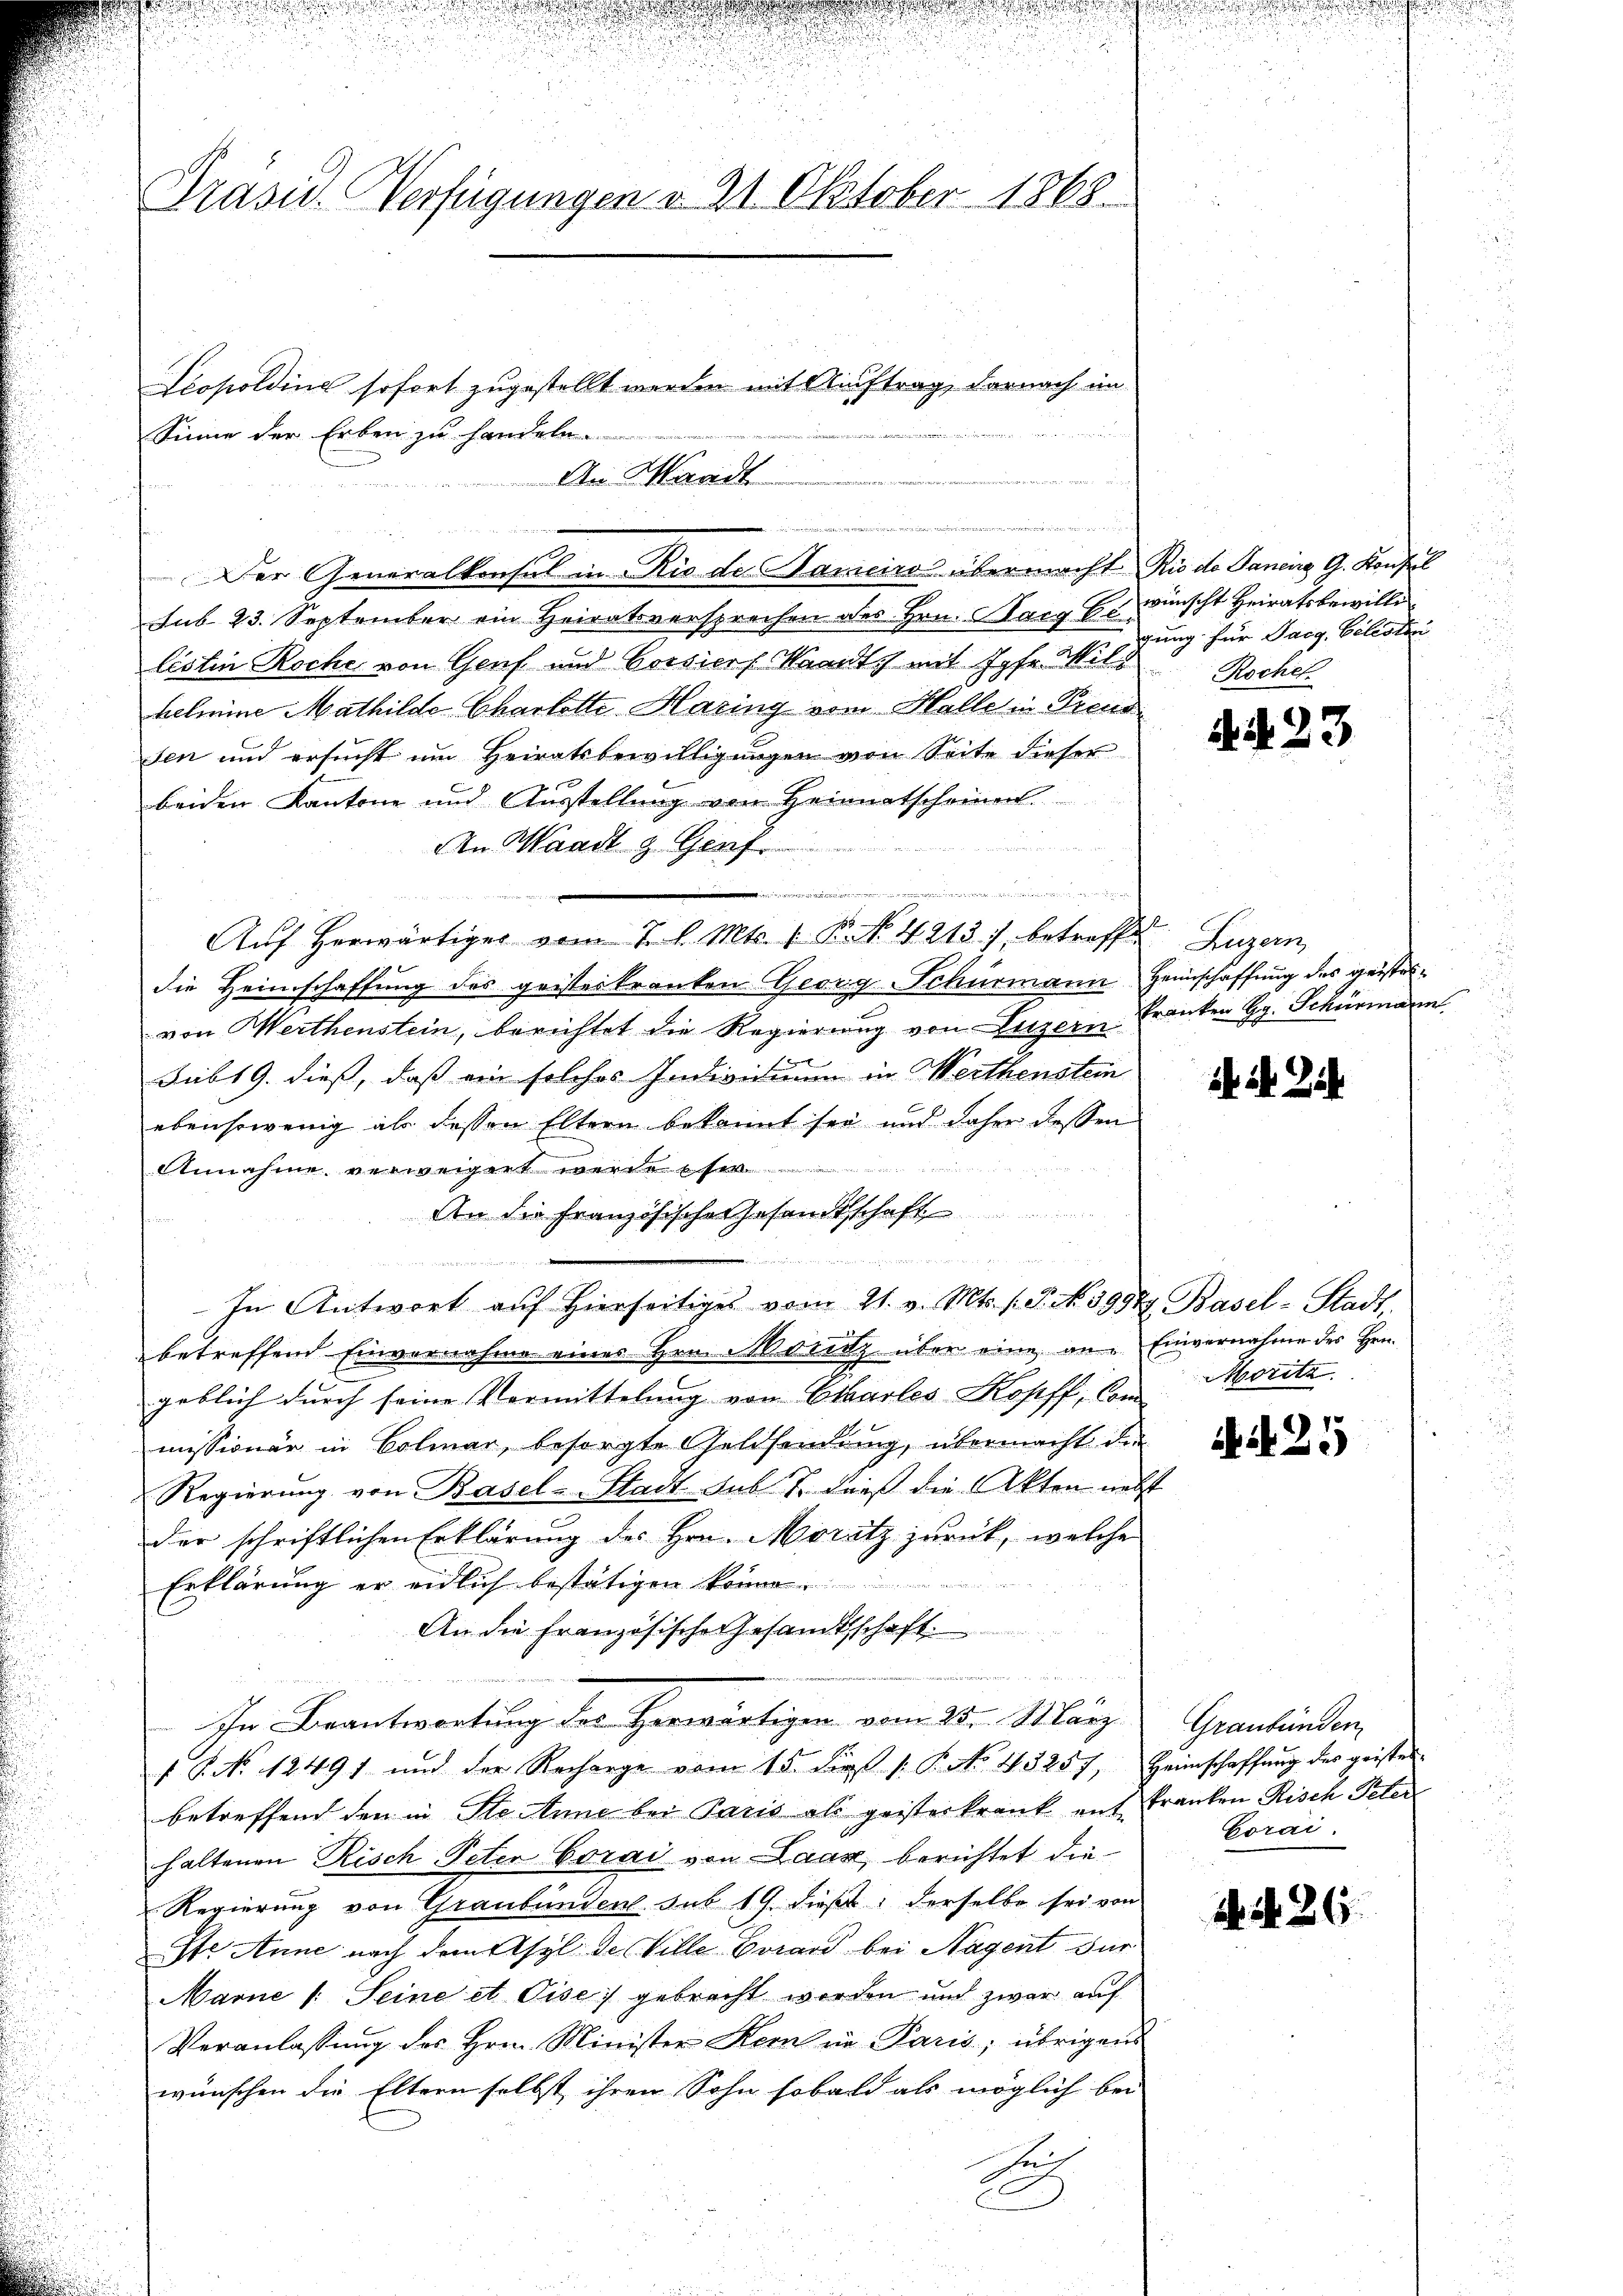
Präsid. Verfügungen v. 21. Oktober 1868.

Sinne der Erben zu handeln.

u

s

sub 23. September ein Heiratsversprechen des Hrn. Karg Er wünscht Heiratsbewilli
listin Roche von Genf und Corsicof Waadt mit Jos. Milo Rochel
helmine Mathilde Charlotte Haring vom Halle in Freud
den und ersucht um Heiratsbewilligungen von Seite dieser
beiden Kantone und Ausstellung von Heimatscheinen.
  den der den man
An Waadt z. Genf
e
und
1
Auf herwärtiger vom 3. l. Mts. 19. No. 4213), betreffet Luzern
die Heimschaffung des geisterkranken Georg Schurmann Heimschaffung des geistesvon Werthenstein, berichtet die Regierung von Luzern
Subt 9. dieß, daß ein solches Individium in Werthenstein
ebensowenig als dessen Eltern bekannt sei und daher dessen
d
Annahme verweigert werde ser
An die Französische Gesandtschaft

In Antwort aŭf hierseitiges vom 21. v. Mts. s. S. No. 59947. Basel-Stadt.
betreffend Einvernahme eines Hrn. Moritz über eine an. Einvernahme des Hrn.
geblich durch seine Vermittelung von Charlos Koseff, vom Morita
missionär in Bolmar, besorgte Geldsendung, übermacht die
Regierung von Basel-Stadt Sub T. dieß die Akten neb
der schriftlichen Erklärung des Hrn. Moritz zurück, welche
Erklärung er eidlich bestätigen könn
An die Französische Gesamtsschaft.

1
ihn Beantwortung des Herwärtigen vom 25. März.
 P. No. 12491 und der Recharge vom 15. die 1. P. No. 43257, Heimschaffŭng des geister
betreffend den in Ste Anne bei Paris als geisterkrank auf Franken Risch Peter
haltenen Risch Peten Corai von Laar, berichtet die¬
Regierung von Graubünden sub 19. dieß, derselbe sei von
Ste Anne nach dem Asyl der Ville Brand bei Nagent für
Marne /: Seine et Pise) gebracht worden und zwar auf
Veranlassung des Hrn. Minister Kern in Paris; übrigens
wünschen die Eltern selbst ihren Sohn sobald als möglich bei
E

Leopoldine sofort zugestellt werden mit Auftrag, darnach im
An Waadt

.
Der Generalkonsul in Rio der Sanciros übermacht Rio de Sanenz G. Konfel

gung für Pacg, Velisten

S. S. 23

Franken H. Schurmann

34 Zi

i25

Graubünden
Gorai

N. N. 26.